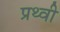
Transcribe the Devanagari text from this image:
प्रथ्‍वी